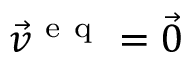
\vec { v } ^ { \mathrm { ~ e ~ q ~ } } = \vec { 0 }